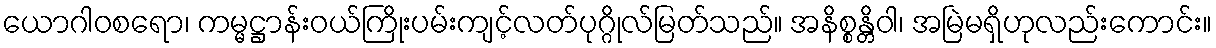
ယောဂါဝစရော၊ ကမ္မဋ္ဌာန်းဝယ်ကြိုးပမ်းကျင့်လတ်ပုဂ္ဂိုလ်မြတ်သည်။ အနိစ္စန္တိဝါ၊ အမြဲမရှိဟုလည်းကောင်း။